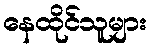
နေထိုင်သူများ